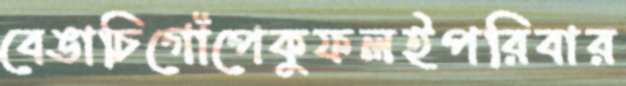
বেঙাচিগোঁপেকুফলইপরিবার